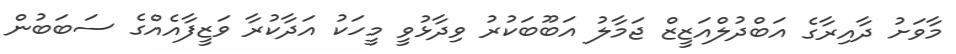
މާވަށު ދާއިރާގެ އަބްދުލްއަޒީޒް ޖަމާލު އަބޫބަކުރު ވިދާޅުވީ މީހަކު އަދާކުރާ ވަޒީފާއެއްގެ ސަބަބުން